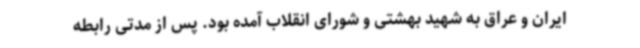
ایران و عراق به شهید بهشتی و شورای انقلاب آمده بود. پس از مدتی رابطه